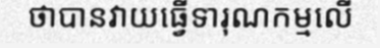
ថាបានវាយធ្វើទារុណកម្មលើ